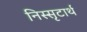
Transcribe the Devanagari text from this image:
निस्सृटार्थ